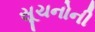
સૂચનોની